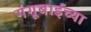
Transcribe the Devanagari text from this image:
गंगूबाईच्या